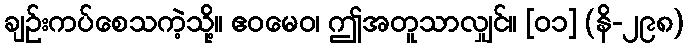
ချဉ်းကပ်စေသကဲ့သို့။ ဧဝမေဝ၊ ဤအတူသာလျှင်။ [၀၁] (နိ-၂၉၈)